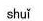
shuǐ